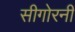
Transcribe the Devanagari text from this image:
सीगोरनी